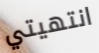
انتهيتي